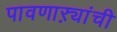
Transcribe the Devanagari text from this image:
पावणाऱ्यांची